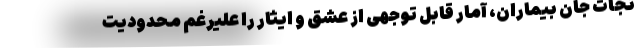
نجات جان بیماران، آمار قابل توجهی از عشق و ایثار را علیرغم محدودیت